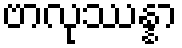
ဗာလုဿန္နာ